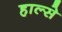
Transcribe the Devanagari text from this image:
हाल्से